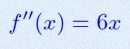
f''(x)=6x